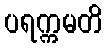
ပရက္ကမတိ